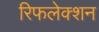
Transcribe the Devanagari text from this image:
रिफलेक्शन